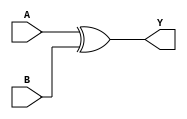
// Behavioral Varilog implementation for expression Y = AB

module activity_2_behavioral_design (A, B, Y);
  
input A, B;
output Y;
  
assign Y = A ^ B;
  
endmodule